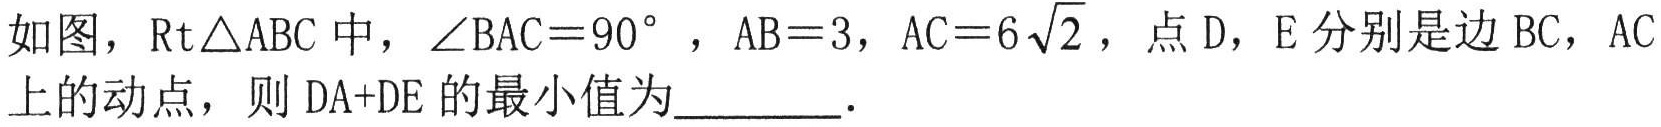
如图，\(\text{Rt}\triangle ABC\) 中，\(\angle BAC = 90^{\circ}\)，\(AB = 3\)，\(AC = 6\sqrt{2}\)，点 \(D\)，\(E\) 分别是边 \(BC\)，\(AC\) 上的动点，则 \(DA + DE\) 的最小值为________．